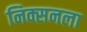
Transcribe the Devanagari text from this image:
निक्सनला